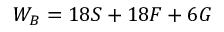
W _ { B } = 1 8 { \cal { S } } + 1 8 { \cal { F } } + 6 { \cal { G } }